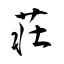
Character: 荘